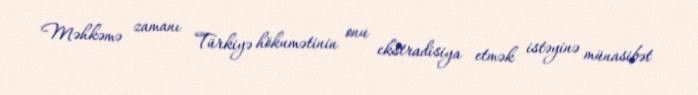
Məhkəmə zamanı Türkiyə hökumətinin onu ekstradisiya etmək istəyinə münasibət